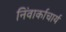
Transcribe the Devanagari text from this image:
निंवार्काचार्य